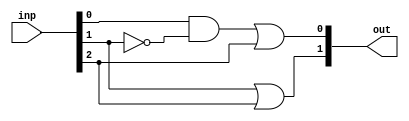
module PE_2(inp, out);
input [2:0] inp; // input
wire [2:0] inp; // input is wire
output [1:0] out; // output
wire y; // for temp vals
	
	assign y = inp[0] & (~inp[1]); 
	assign out[0] = y | inp[2];
	assign out[1] = inp[1] | inp[2];

endmodule